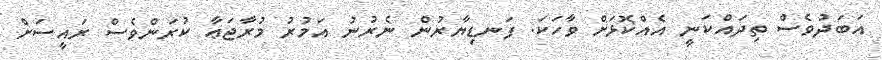
އަބަދުވެސް ތިދައްކަނީ އެއްކޮޅަށް ވާހަކަ. ފަނޑިޔާރުން ނެރުނު އަމުރު މުރާޖަޢާ ކުރަންވެސް ރައީސަށް